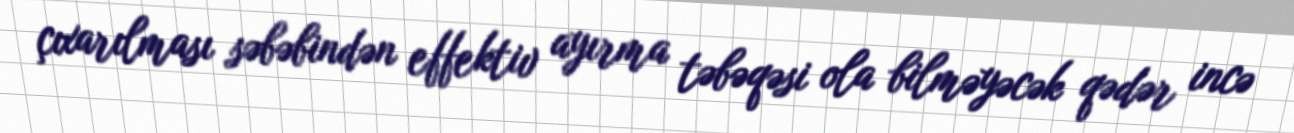
çıxarılması səbəbindən effektiv ayırma təbəqəsi ola bilməyəcək qədər incə